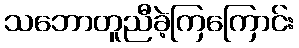
သဘောတူညီခဲ့ကြကြောင်း